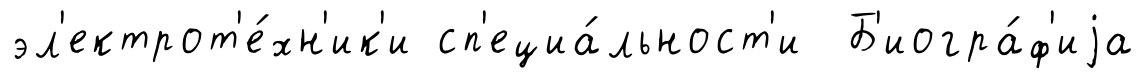
эл'ектрот'е́хн'ик'и сп'ециа́льност'и Б'иогра́ф'иjа